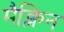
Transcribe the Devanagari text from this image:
मैक्लिन